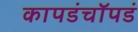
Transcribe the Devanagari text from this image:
कापडंचॉपडं